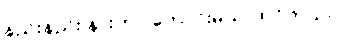
နည်းနည်း နားတာ ကောင်းမယ် ထင်တယ်။